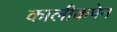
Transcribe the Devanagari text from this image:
कालीकपेन